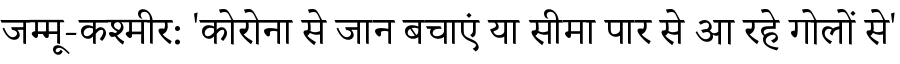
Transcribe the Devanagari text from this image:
जम्मू-कश्मीर: 'कोरोना से जान बचाएं या सीमा पार से आ रहे गोलों से'